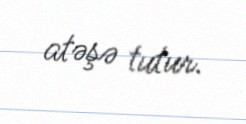
atəşə tutur.